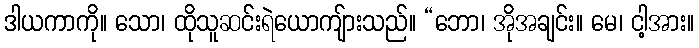
ဒါယကာကို။ သော၊ ထိုသူဆင်းရဲယောကျ်ားသည်။ “ဘော၊ အိုအချင်း။ မေ၊ ငါ့အား။